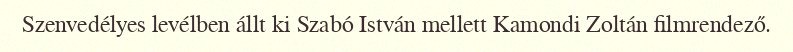
Szenvedélyes levélben állt ki Szabó István mellett Kamondi Zoltán filmrendező.